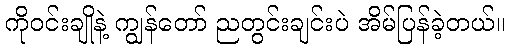
ကိုဝင်းချိုနဲ့ ကျွန်တော် ညတွင်းချင်းပဲ အိမ်ပြန်ခဲ့တယ်။